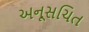
અનૂસચિત